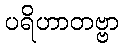
ပရိဟာတဗ္ဗာ